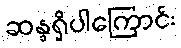
ဆန္ဒရှိပါကြောင်း